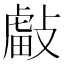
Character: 𢿊